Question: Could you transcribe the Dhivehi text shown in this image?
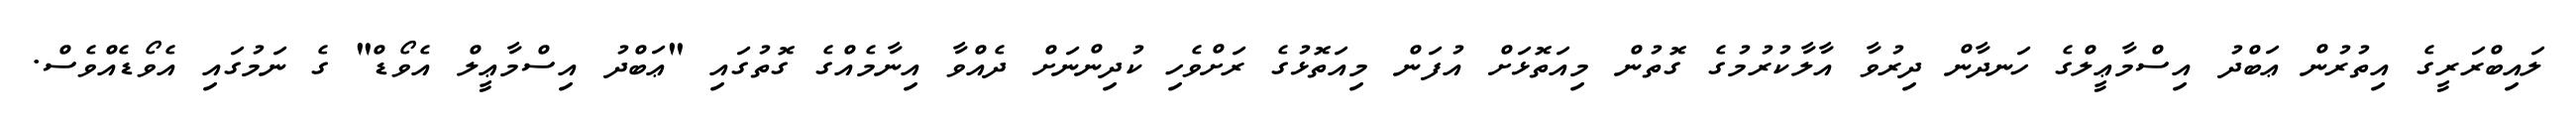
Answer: ލައިބްރަރީގެ އިތުރުން ޢަބްދު އިސްމާޢީލްގެ ހަނދާން ދިރުވާ އާލާކުރުމުގެ ގޮތުން މިއަތޮޅަށް އުފަން މިއަތޮޅުގެ ރަށްވެހި ކުދިންނަށް ދެއްވާ އިނާމެއްގެ ގޮތުގައި "ޢަބްދު އިސްމާޢީލް އެވޯޑް" ގެ ނަމުގައި އެވޯޑެއްވެސް.